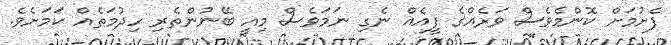
ފެށުމަށް ކޮންމެވެސް ވަރެއްގެ ފީއެއް ނެގި ނަމަވެސް މިއީ ބޭނުންތެރި ހިދުމަތެއް ކަމަށެވެ.